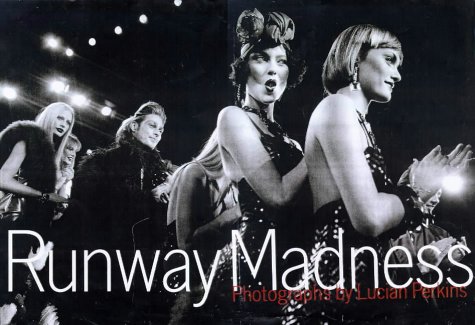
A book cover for Runway Madness; Robin Givhan; Arts & Photography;